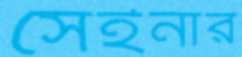
সেইনার